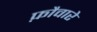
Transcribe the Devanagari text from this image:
फ़ौवारे